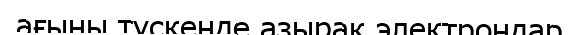
ағыны түскенде азырақ электрондар